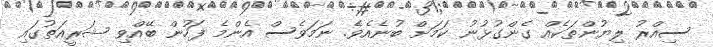
ސިއްރު ލިޔުންތަކެއް ގެންގުޅުނު ކަމަށް ބުނެއެވެ. ނަމަވެސް އެންމެ ފަހުން ބޭއްވި ޝަރީއަތުގައި